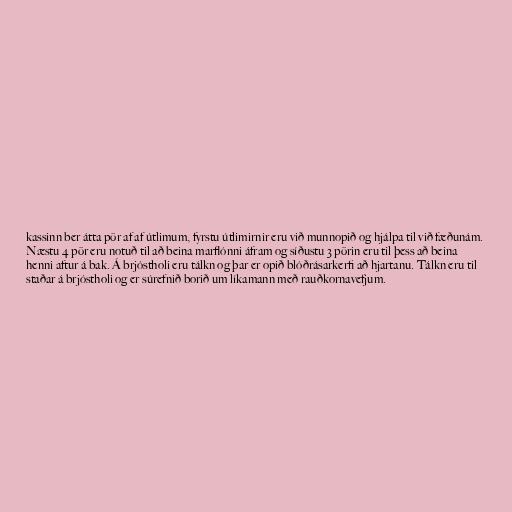
kassinn ber átta pör af af útlimum, fyrstu útlimirnir eru við munnopið og hjálpa til við fæðunám.
Næstu 4 pör eru notuð til að beina marflónni áfram og síðustu 3 pörin eru til þess að beina
henni aftur á bak. Á brjóstholi eru tálkn og þar er opið blóðrásarkerfi að hjartanu. Tálkn eru til
staðar á brjóstholi og er súrefnið borið um líkamann með rauðkornavefjum.